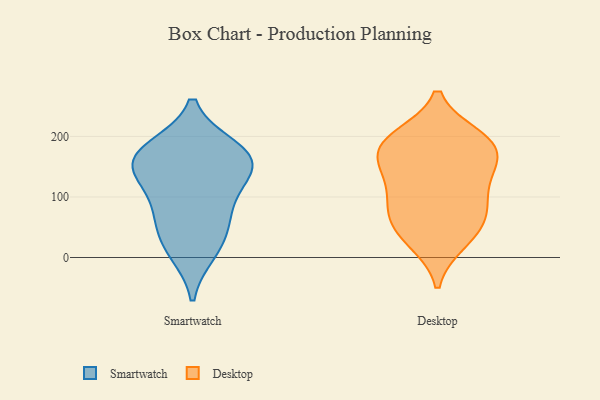
{"axis": {"x": "Temperature (°C)", "y": "Value"}, "legend": ["Desktop", "Smartwatch"], "data": [{"x": "", "y": 180, "type": "Smartwatch"}, {"x": "", "y": 10, "type": "Smartwatch"}, {"x": "", "y": 140, "type": "Smartwatch"}, {"x": "", "y": 173, "type": "Smartwatch"}, {"x": "", "y": 154, "type": "Smartwatch"}, {"x": "", "y": 68, "type": "Smartwatch"}, {"x": "", "y": 67, "type": "Smartwatch"}, {"x": "", "y": 23, "type": "Smartwatch"}, {"x": "", "y": 171, "type": "Smartwatch"}, {"x": "", "y": 149, "type": "Smartwatch"}, {"x": "", "y": 108, "type": "Smartwatch"}, {"x": "", "y": 137, "type": "Desktop"}, {"x": "", "y": 54, "type": "Desktop"}, {"x": "", "y": 189, "type": "Desktop"}, {"x": "", "y": 193, "type": "Desktop"}, {"x": "", "y": 57, "type": "Desktop"}, {"x": "", "y": 199, "type": "Desktop"}, {"x": "", "y": 200, "type": "Desktop"}, {"x": "", "y": 90, "type": "Desktop"}, {"x": "", "y": 81, "type": "Desktop"}, {"x": "", "y": 24, "type": "Desktop"}, {"x": "", "y": 155, "type": "Desktop"}, {"x": "", "y": 116, "type": "Desktop"}, {"x": "", "y": 164, "type": "Desktop"}, {"x": "", "y": 181, "type": "Desktop"}, {"x": "", "y": 26, "type": "Desktop"}, {"x": "", "y": 143, "type": "Desktop"}, {"x": "", "y": 80, "type": "Desktop"}]}